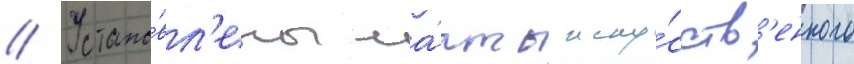
// Устано́вл'ены ма́чты иску́сств'енного